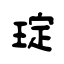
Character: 琔